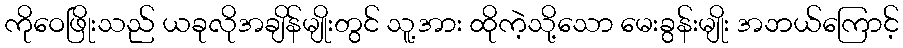
ကိုဝေဖြိုးသည် ယခုလိုအချိန်မျိုးတွင် သူ့အား ထိုကဲ့သို့သော မေးခွန်းမျိုး အဘယ်ကြောင့်